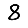
Digit: 8